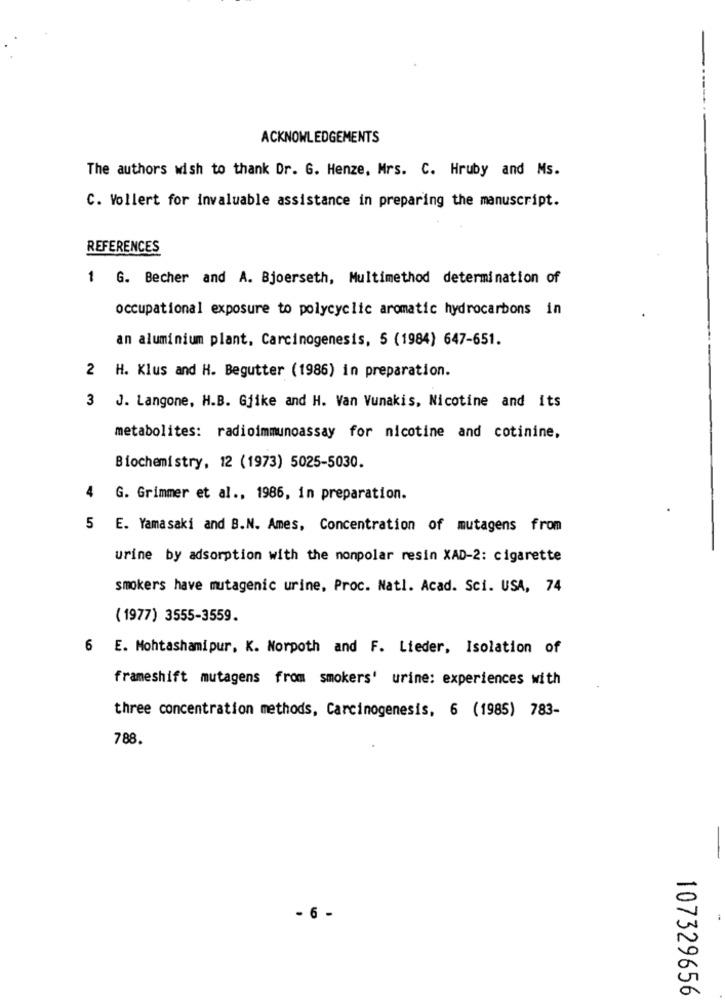
ACKNOWLEDGEMENTS
The authors wish to thank Dr. G. Henze, Mrs. C. Hruby and Ms.
C. Vollert for invaluable assistance in preparing the manuscript.
REFERENCES
1 G. Becher and A. Bjoerseth, Multimethod determination of
occupational exposure to polycyclic aromatic hydrocarbons in
an aluminium plant, Carcinogenesis, 5 (1984) 647-651.
2 H. Klus and H. Begutter (1986) in preparation.
3 J. Langone, H.B. Gjike and H. Van Vunakis, Nicotine and its
metabolites: radioimmunoassay for nicotine and cotinine,
Biochemistry, 12 (1973) 5025-5030.
4
G. Grimmer et al ., 1986, in preparation.
SE. Yamasaki and B.N. Ames, Concentration of mutagens from
5
urine by adsorption with the nonpolar resin XAD-2: cigarette
smokers have mutagenic urine, Proc. Natl. Acad. Sci. USA, 74
( 1977) 3555-3559.
6 E. Mohtashamipur, K. Norpoth and F. Lieder, Isolation of
frameshift mutagens from smokers' urine: experiences with
three concentration methods, Carcinogenesis, 6 (1985) 783-
788.
- 6 -
107329656